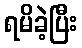
ရမိခဲ့ပြီး